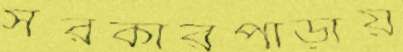
সরকারপাড়ায়